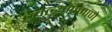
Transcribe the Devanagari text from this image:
ठेवल्याप्रमाणे